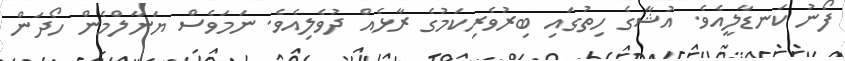
ފޯނު ކަނޑާލީއެވެ. އުޝާގެ ހިތުގައި ބިރުވެރިކަމުގެ ރާޅެއް ދުވެލިއެވެ. ނަމަވެސް ޔަނާލްމެން ހޯދަން